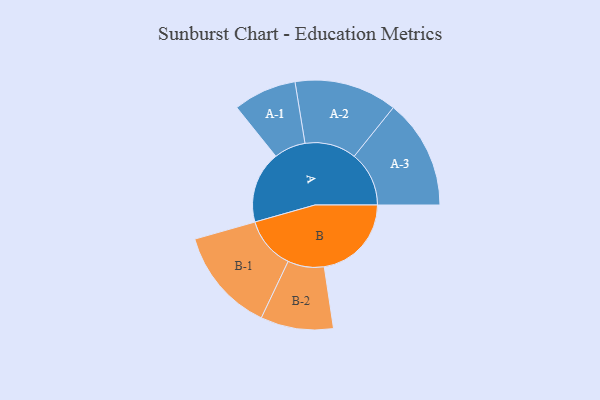
{"axis": {"x": "Segment", "y": "Value"}, "legend": ["", "A", "B"], "data": [{"x": "A", "y": 377, "type": ""}, {"x": "B", "y": 458, "type": ""}, {"x": "A-1", "y": 166, "type": "A"}, {"x": "A-2", "y": 270, "type": "A"}, {"x": "A-3", "y": 288, "type": "A"}, {"x": "B-1", "y": 274, "type": "B"}, {"x": "B-2", "y": 191, "type": "B"}]}